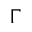
\Gamma